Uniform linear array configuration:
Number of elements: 8
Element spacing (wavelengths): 0.75
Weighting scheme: kaiser
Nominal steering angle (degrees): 30
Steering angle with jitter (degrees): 28.855
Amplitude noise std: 0.05
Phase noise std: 0.05

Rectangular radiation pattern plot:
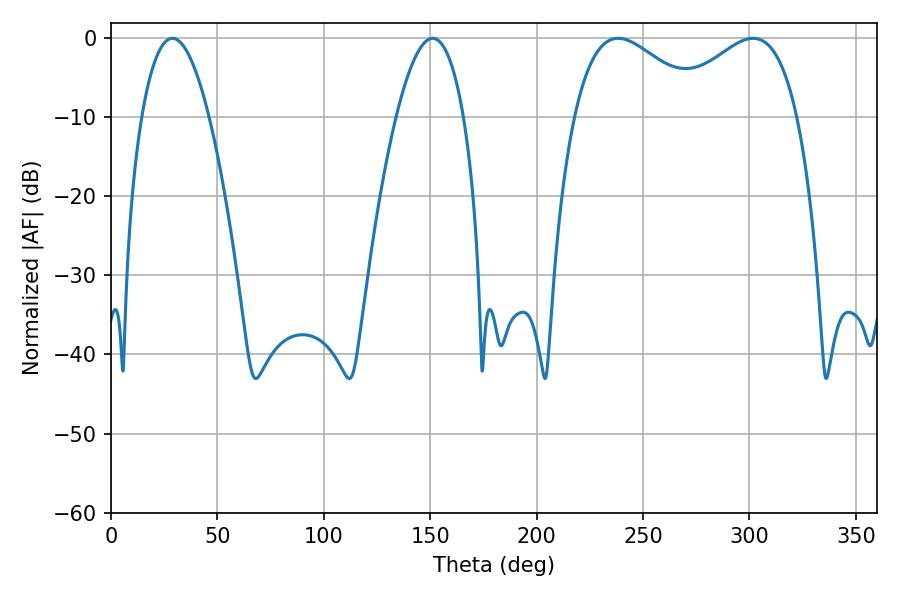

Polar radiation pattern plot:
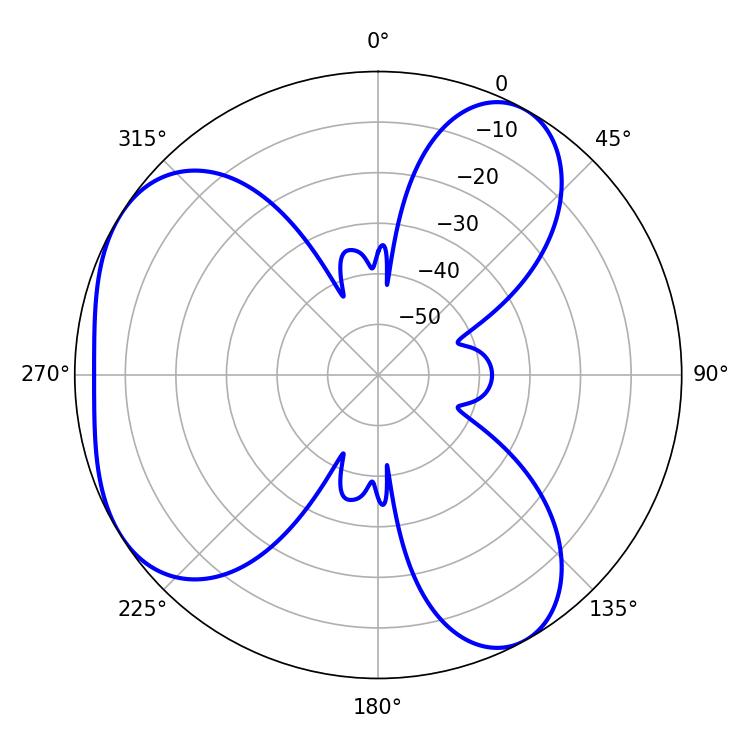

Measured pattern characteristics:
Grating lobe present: TRUE
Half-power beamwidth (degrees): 33.66
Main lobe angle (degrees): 238.32